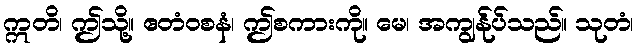
ဣတိ၊ ဤသို့။ ဧတံဝစနံ၊ ဤစကားကို။ မေ၊ အကျွန်ုပ်သည်။ သုတံ၊